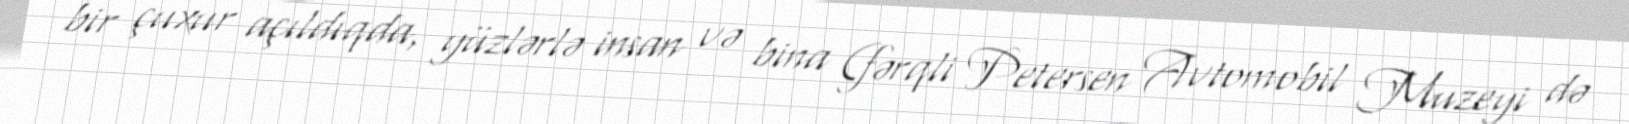
bir çuxur açıldıqda, yüzlərlə insan və bina (fərqli Petersen Avtomobil Muzeyi də